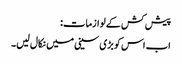
پیش کش کے لوازمات:
اب اس کو بڑی سینی میں نکال لیں۔